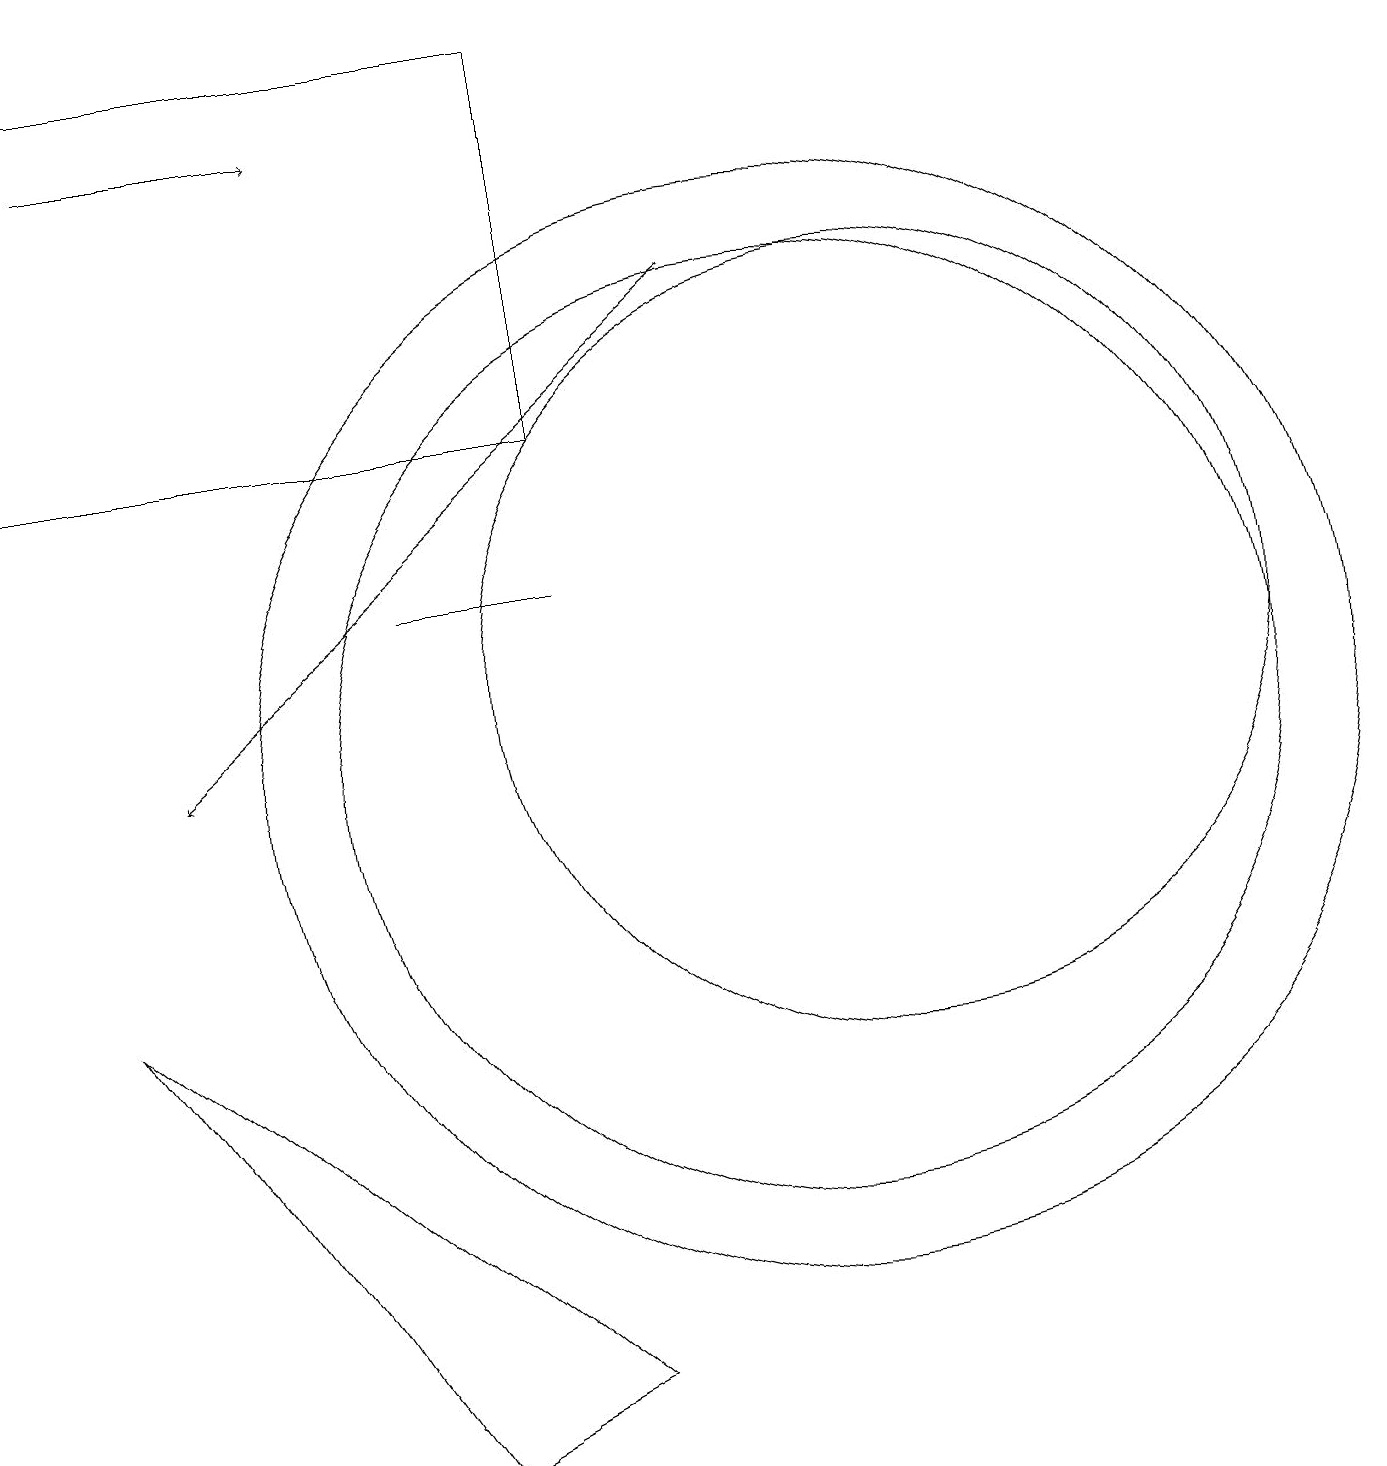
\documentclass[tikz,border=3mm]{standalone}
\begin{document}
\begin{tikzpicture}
\draw[->] (1,18) -- (4,18);
\draw (10,10) circle (7);
\draw (10,10) circle (6);
\draw (11,11) circle (5);
\draw[->] (9,16) -- (2,10);
\draw (5,12) rectangle (7,12);
\draw (0,19) rectangle (7,14);
\draw (1,7) -- (5,1) -- (7,2) -- cycle;
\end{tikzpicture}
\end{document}